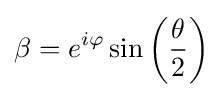
\beta =e^{i\varphi }\sin \left({\frac {\theta }{2}}\right)